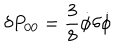
LaTeX: \delta P _ { 0 0 } = \frac { 3 } { 8 } \dot { \phi } \delta \dot { \phi }